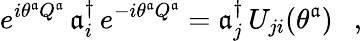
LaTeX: e^{i\theta^{\mathfrak{a}}Q^{\mathfrak{a}}}\, \mathfrak{a}_{i}^{\dagger}\, e^{-i\theta^{\mathfrak{a}}Q^{\mathfrak{a}}}=\mathfrak{a}_{j}^{\dagger}\, U_{ji}(\theta^{\mathfrak{a}})\ \ \ ,